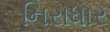
નિરાધાર